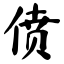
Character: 偾